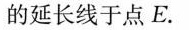
的延长线于点E.